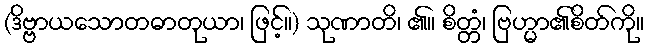
(ဒိဗ္ဗာယသောတဓာတုယာ၊ ဖြင့်။) သုဏာတိ၊ ၏။ စိတ္တံ၊ ဗြဟ္မာ၏စိတ်ကို။